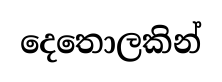
දෙතොලකින්